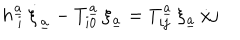
h _ { \ i } ^ { \underline { { { a } } } } \, \dot { \xi } _ { \underline { { { a } } } } - T _ { i 0 } ^ { \underline { { { a } } } } \, \xi _ { \underline { { { a } } } } = T _ { i j } ^ { \underline { { { a } } } } \, \xi _ { \underline { { { a } } } } \, { \dot { x } j }